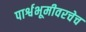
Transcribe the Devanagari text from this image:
पार्श्वभूमीवरचेच